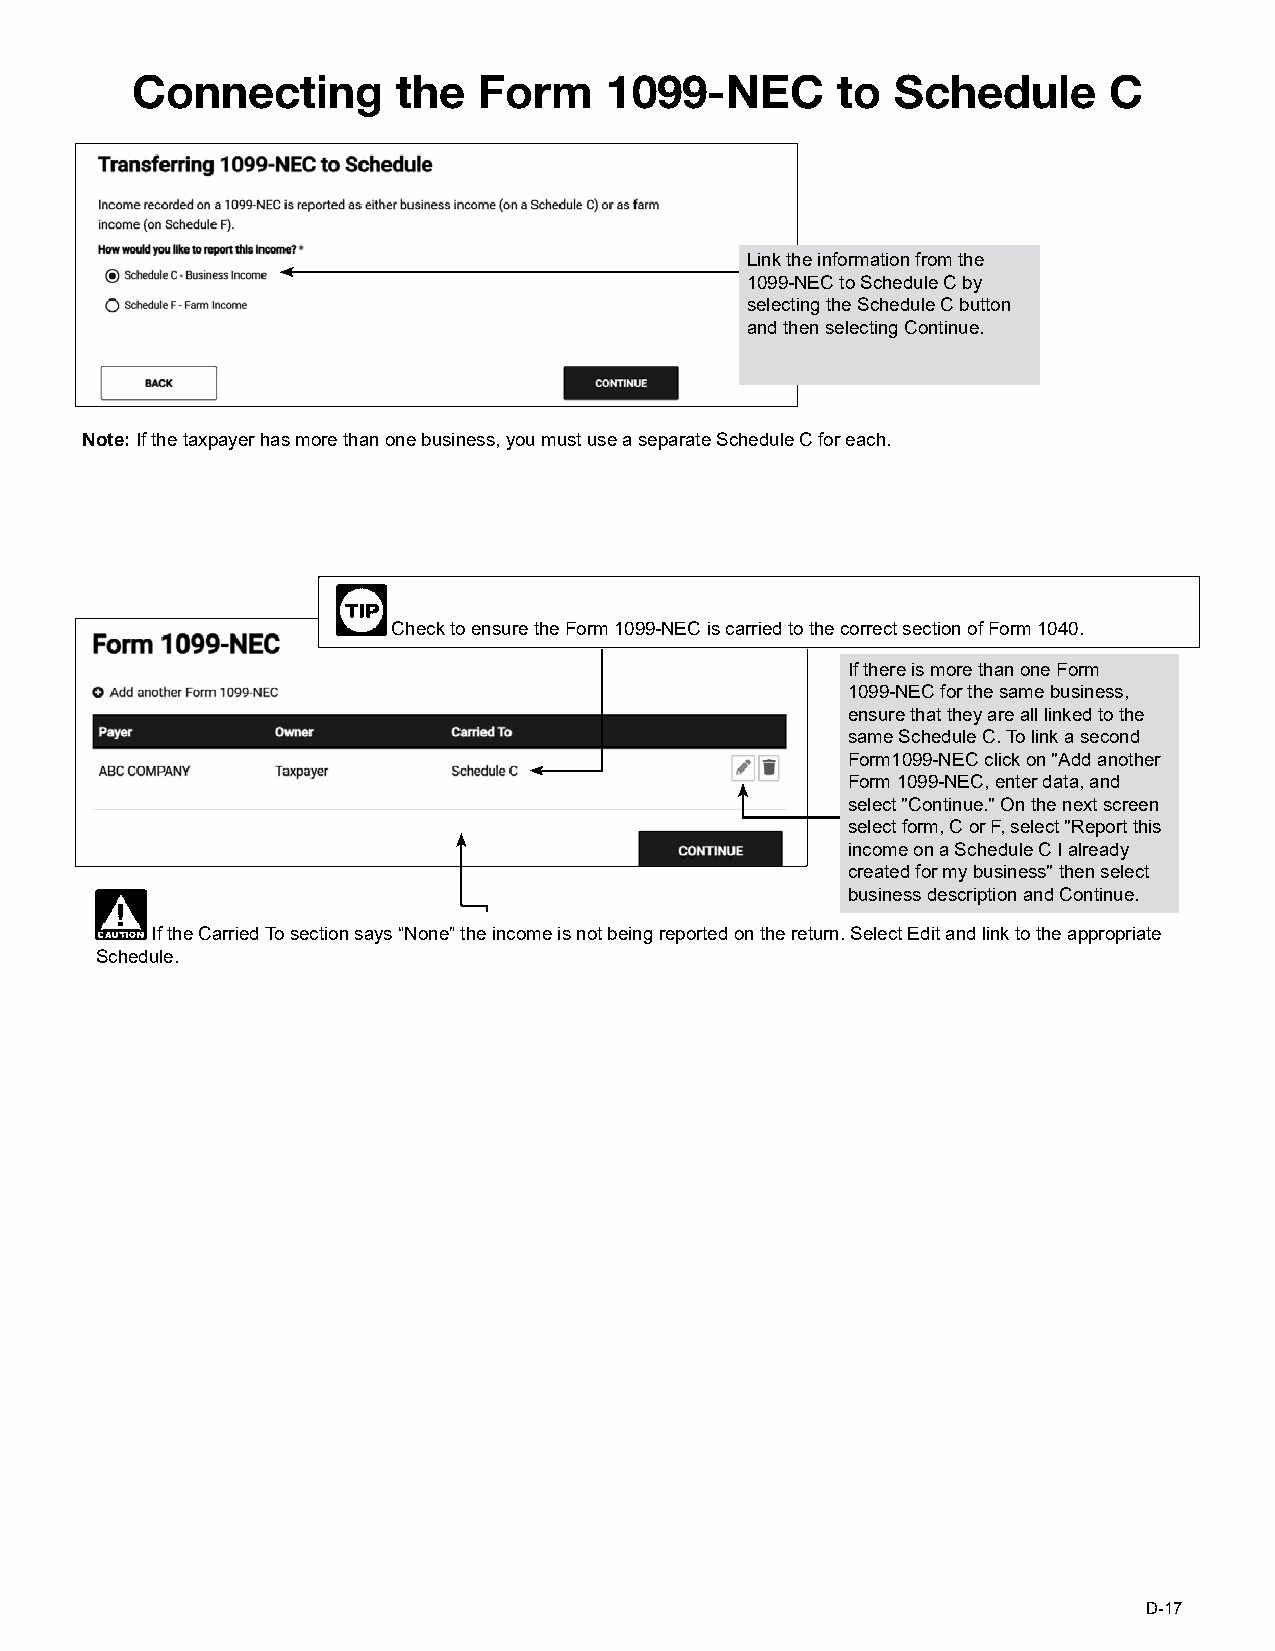
Connecting       the   Form    1099-NEC       to  Schedule      C
 Link the information from the
 1099-NEC to Schedule C by
 selecting the Schedule C button
 and then selecting Continue.
 Note: If the taxpayer has more than one business, you must use a separate Schedule C for each.
 Check to ensure the Form 1099-NEC is carried to the correct section of Form 1040.
 If there is more than one Form
 1099-NEC for the same business,
 ensure that they are all linked to the
 same Schedule C. To link a second
 Form1099-NEC click on "Add another
 Form 1099-NEC, enter data, and
 select "Continue." On the next screen
 select form, C or F, select "Report this
 income on a Schedule C I already
 created for my business" then select
 business description and Continue.
 If the Carried To section says “None” the income is not being reported on the return. Select Edit and link to the appropriate
 Schedule.
 D-17